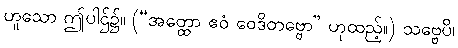
ဟူသော ဤပါဌ်၌။ (“အတ္ထော ဧဝံ ဝေဒိတဗ္ဗော” ဟုထည့်။) သဗ္ဗေပိ၊